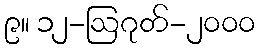
၉။ ၁၂-ဩဂုတ်-၂၀၀၀